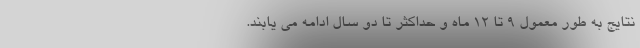
نتایج به طور معمول 9 تا 12 ماه و حداکثر تا دو سال ادامه می یابند.